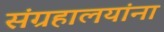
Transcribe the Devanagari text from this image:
संग्रहालयांना